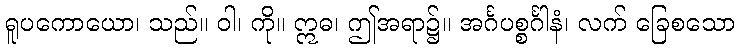
ရူပကောယော၊ သည်။ ဝါ၊ ကို။ ဣဓ၊ ဤအရာ၌။ အင်္ဂပစ္စင်္ဂါနံ၊ လက် ခြေစသော